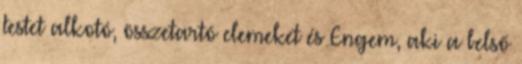
testet alkotó, összetartó elemeket és Engem, aki a belső